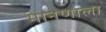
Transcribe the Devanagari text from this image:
मानणाला